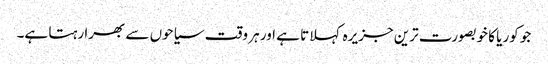
جو کوریا کا خوبصورت ترین جزیرہ کہلاتا ہے اور ہر وقت سیاحوں سے بھرا رہتا ہے۔